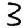
Digit: 3